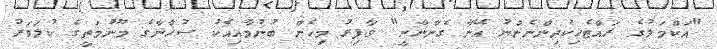
"އަކްމަލުގެ ރައްޓެހިކުދިންނެންނު އޭނާ ގެންނާނީ" ވާފިރު މިހެން ބުނުމާއިއެކު ސުހާނާގެ މޫނުމަތީގެ ކުލަވަރު